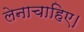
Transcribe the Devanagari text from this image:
लेनाचाहिए।